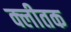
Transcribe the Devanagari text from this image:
क्लीतक